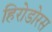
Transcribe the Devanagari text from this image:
हिरोडोरस